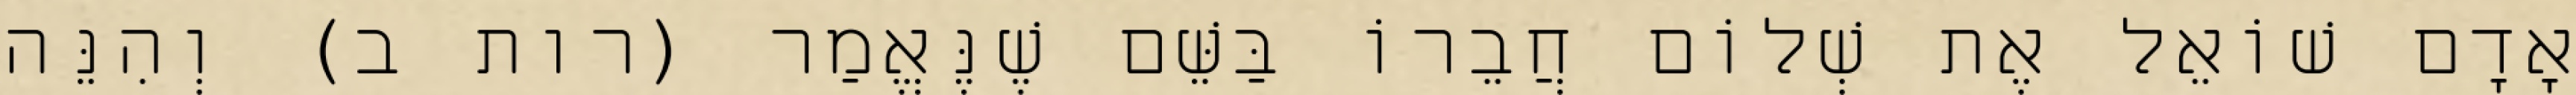
אָדָם שׁוֹאֵל אֶת שְׁלוֹם חֲבֵרוֹ בַּשֵּׁם שֶׁנֶּאֱמַר (רות ב) וְהִנֵּה